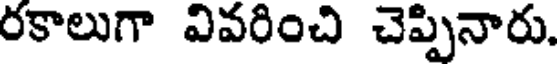
రకాలుగా వివరించి చెప్పినారు.